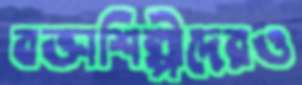
বক্তাশিল্পীদেরও